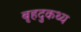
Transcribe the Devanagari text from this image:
बृहदुकथ्य